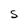
Character: S